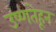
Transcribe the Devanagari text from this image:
उष्णतेहून